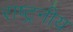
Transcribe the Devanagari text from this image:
राष्ट्रनीय